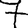
Digit: 7